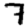
Digit: 7